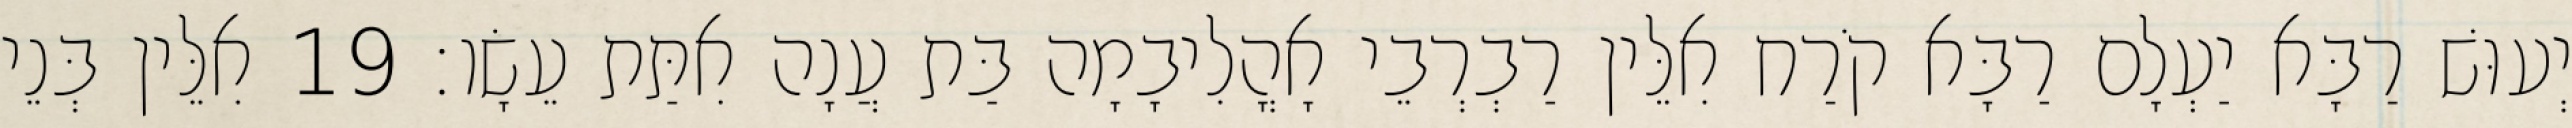
יְעוּשׁ רַבָּא יַעְלָם רַבָּא קֹרַח אִלֵּין רַבְרְבֵי אָהֳלִיבָמָה בַּת עֲנָה אִתַּת עֵשָׂו׃ 19 אִלֵּין בְּנֵי